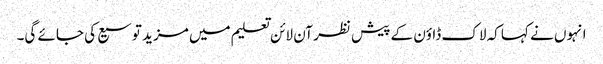
انہوں نے کہا کہ لاک ڈاؤن کے پیش نظر آن لائن تعلیم میں مزید توسیع کی جائے گی۔